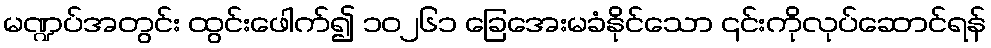
မဏ္ဍပ်အတွင်း ထွင်းဖေါက်၍ ၁၀၂၆၁ ခြေအေးမခံနိုင်သော ၎င်းကိုလုပ်ဆောင်ရန်